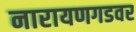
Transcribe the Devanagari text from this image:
नारायणगडवर